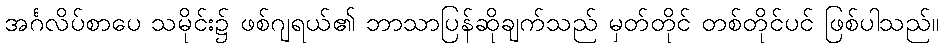
အင်္ဂလိပ်စာပေ သမိုင်း၌ ဖစ်ဂျရယ်၏ ဘာသာပြန်ဆိုချက်သည် မှတ်တိုင် တစ်တိုင်ပင် ဖြစ်ပါသည်။